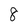
Character: 8